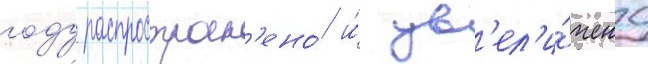
году распростран'ено́ и́ ув'ел'и́чено